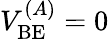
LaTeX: V_{\mathrm{BE}}^{(A)}=0